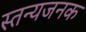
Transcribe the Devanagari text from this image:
स्तन्यजनक